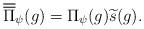
LaTeX: \begin{align*}\overline{\overline{\Pi}}_{\psi} (g)=\Pi_{\psi} (g)\widetilde{s}(g). \end{align*}